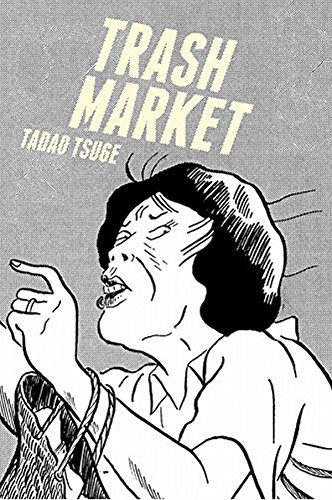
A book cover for Trash Market; Tadao Tsuge; Comics & Graphic Novels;